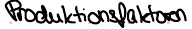
Produktionsfaktoren